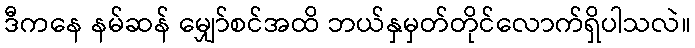
ဒီကနေ နမ်ဆန် မျှော်စင်အထိ ဘယ်နှမှတ်တိုင်လောက်ရှိပါသလဲ။